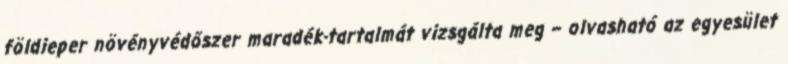
földieper növényvédőszer maradék-tartalmát vizsgálta meg – olvasható az egyesület